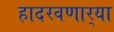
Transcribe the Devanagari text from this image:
हादरवणार्‍या